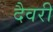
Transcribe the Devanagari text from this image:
दैवरी